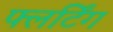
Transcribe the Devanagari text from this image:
फ्लर्टिंग